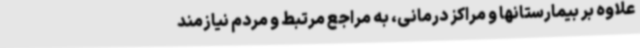
علاوه بر بیمارستانها و مراکز درمانی، به مراجع مرتبط و مردم نیازمند